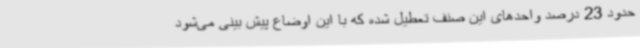
حدود 23 درصد واحدهای این صنف تعطیل شده که با این اوضاع پیش بینی می‌شود